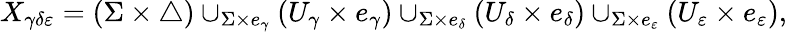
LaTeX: \begin{array}{r}{X_{\gamma\delta\varepsilon}=(\Sigma\times\triangle)\cup_{\Sigma\times e_{\gamma}}(U_{\gamma}\times e_{\gamma})\cup_{\Sigma\times e_{\delta}}(U_{\delta}\times e_{\delta})\cup_{\Sigma\times e_{\varepsilon}}(U_{\varepsilon}\times e_{\varepsilon}),}\end{array}